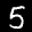
Label: 5